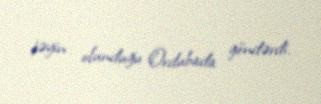
təyin olunduğu Ordubada göndərdi.